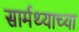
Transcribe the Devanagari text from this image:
सार्मथ्याच्या